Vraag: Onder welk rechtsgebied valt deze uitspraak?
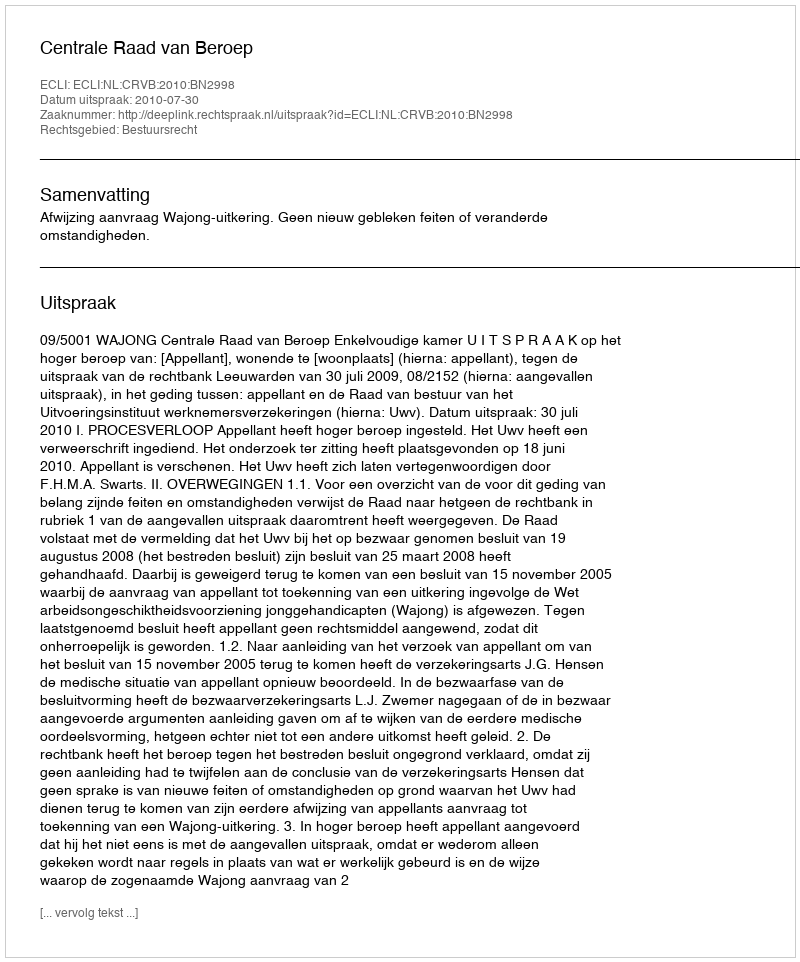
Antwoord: Bestuursrecht